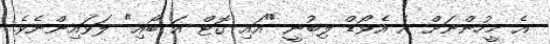
އެ މީހުންނަށް އެ އެވޯޑް ލިބުނީ "އައި ގޮޓް އަ ބޯއި" ލަވައިންނެވެ.